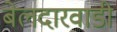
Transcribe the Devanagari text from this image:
बेलदारवाडी